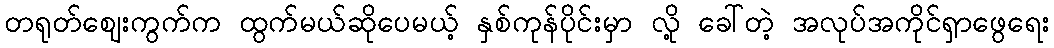
တရုတ်ဈေးကွက်က ထွက်မယ်ဆိုပေမယ့် နှစ်ကုန်ပိုင်းမှာ လို့ ခေါ်တဲ့ အလုပ်အကိုင်ရှာဖွေရေး